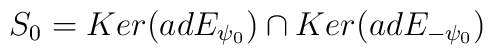
S_0=Ker(adE_{\psi_0})\cap Ker(adE_{-\psi_0})